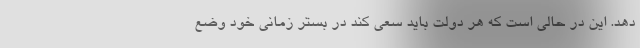
دهد. این در حالی است که هر دولت باید سعی کند در بستر زمانی خود وضع